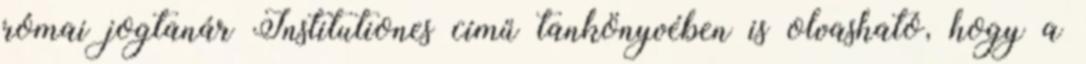
római jogtanár Institutiones című tankönyvében is olvasható, hogy a